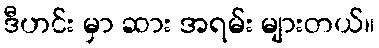
ဒီဟင်း မှာ ဆား အရမ်း များတယ်။